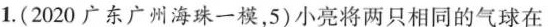
1.(2020广东广州海珠一模，5)小亮将两只相同的气球在